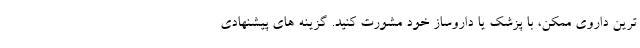
ترین داروی ممکن، با پزشک یا داروساز خود مشورت کنید. گزینه های پیشنهادی